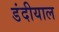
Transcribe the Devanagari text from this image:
डंदीयाल